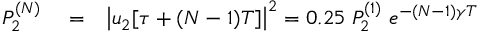
\begin{array} { r l r } { P _ { 2 } ^ { ( N ) } } & { { } = } & { \left| u _ { 2 } [ \tau + ( N - 1 ) T ] \right| ^ { 2 } = 0 . 2 5 \; P _ { 2 } ^ { ( 1 ) } \; e ^ { - ( N - 1 ) \gamma T } } \end{array}